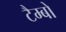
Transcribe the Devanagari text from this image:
टैम्बो